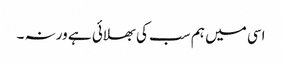
اسی میں ہم سب کی بھلائی ہے ورنہ ۔